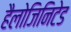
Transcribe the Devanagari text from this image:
हैलोजिनिटेड